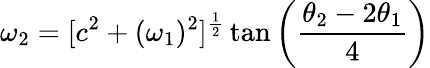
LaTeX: \omega_{2}=[c^{2}+(\omega_{1})^{2}]^{\frac{1}{2}}\tan\left({\frac{\theta_{2}-2\theta_{1}}{4}}\right)